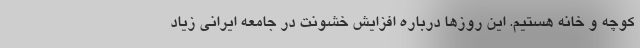
کوچه و خانه هستیم. این روزها درباره افزایش خشونت در جامعه ایرانی زیاد